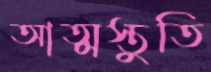
আত্মস্তুতি